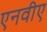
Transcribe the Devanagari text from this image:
एनवीए